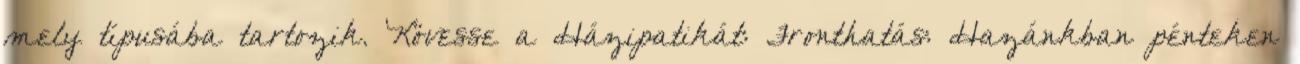
mely típusába tartozik. Kövesse a Házipatikát: Fronthatás: Hazánkban pénteken